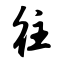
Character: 往